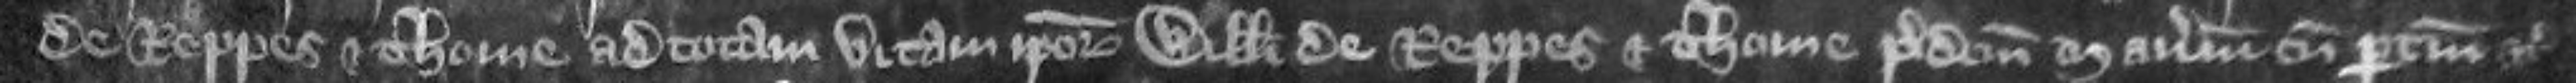
de Reppes et Thome ad totam vitam ipsorum Willelmi de Reppes et Thome predictum manerium cum pertinenciis etc